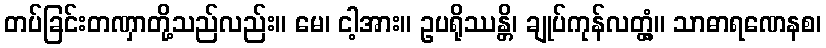
တပ်ခြင်းတဏှာတို့သည်လည်း။ မေ၊ ငါ့အား။ ဥပရိုဿန္တိ၊ ချုပ်ကုန်လတ္တံ့။ သာဓာရဏေနစ၊